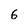
Character: 6